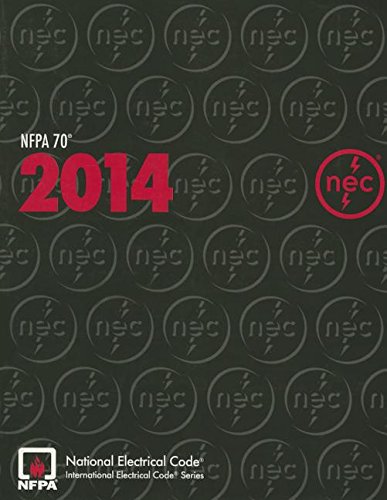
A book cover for NFPA 70Â®: National Electrical CodeÂ® (NECÂ®), 2014 Edition; National Fire Protection Association; Engineering & Transportation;